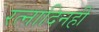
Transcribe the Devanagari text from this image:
रत्नादिनहीं